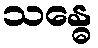
သန္ဓေ